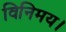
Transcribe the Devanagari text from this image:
विनिमय।